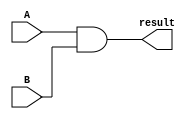
// AND circuit
// define gates with delays

`define AND and 

module structuralAND
(
    output result,
    input A,
    input B
);

    `AND andgate(result, A, B);

endmodule

module AND32
(
    output[31:0] results,
    input[31:0] a,
    input[31:0] b
);
    generate
    genvar index;
      for (index = 0; index<32;index = index + 1)
      begin:genblock
        structuralAND andindex(results[index], a[index], b[index]);
      end
    endgenerate
endmodule